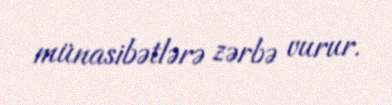
münasibətlərə zərbə vurur.